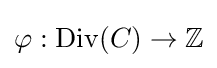
\varphi :\mathrm {Div} (C)\rightarrow \mathbb {Z}